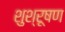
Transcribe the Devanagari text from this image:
शुश्रूषण